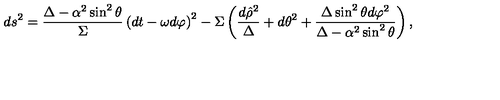
d s ^ { 2 } = \frac { \Delta - \alpha ^ { 2 } \sin ^ { 2 } \theta } { \Sigma } \left( d t - \omega d \varphi \right) ^ { 2 } - \Sigma \left( \frac { d \hat { \rho } ^ { 2 } } { \Delta } + d \theta ^ { 2 } + \frac { \Delta \sin ^ { 2 } \theta d \varphi ^ { 2 } } { \Delta - \alpha ^ { 2 } \sin ^ { 2 } \theta } \right) ,